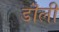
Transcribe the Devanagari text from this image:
डॊली